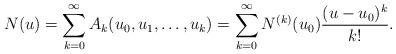
LaTeX: \begin{align*}N(u)=\sum_{k=0}^{\infty}A_k(u_0,u_1,\ldots,u_k)=\sum_{k=0}^{\infty}N^{(k)}(u_0)\frac{(u-u_0)^k}{k!}.\end{align*}